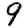
Digit: 9